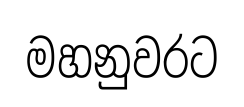
මහනුවරට